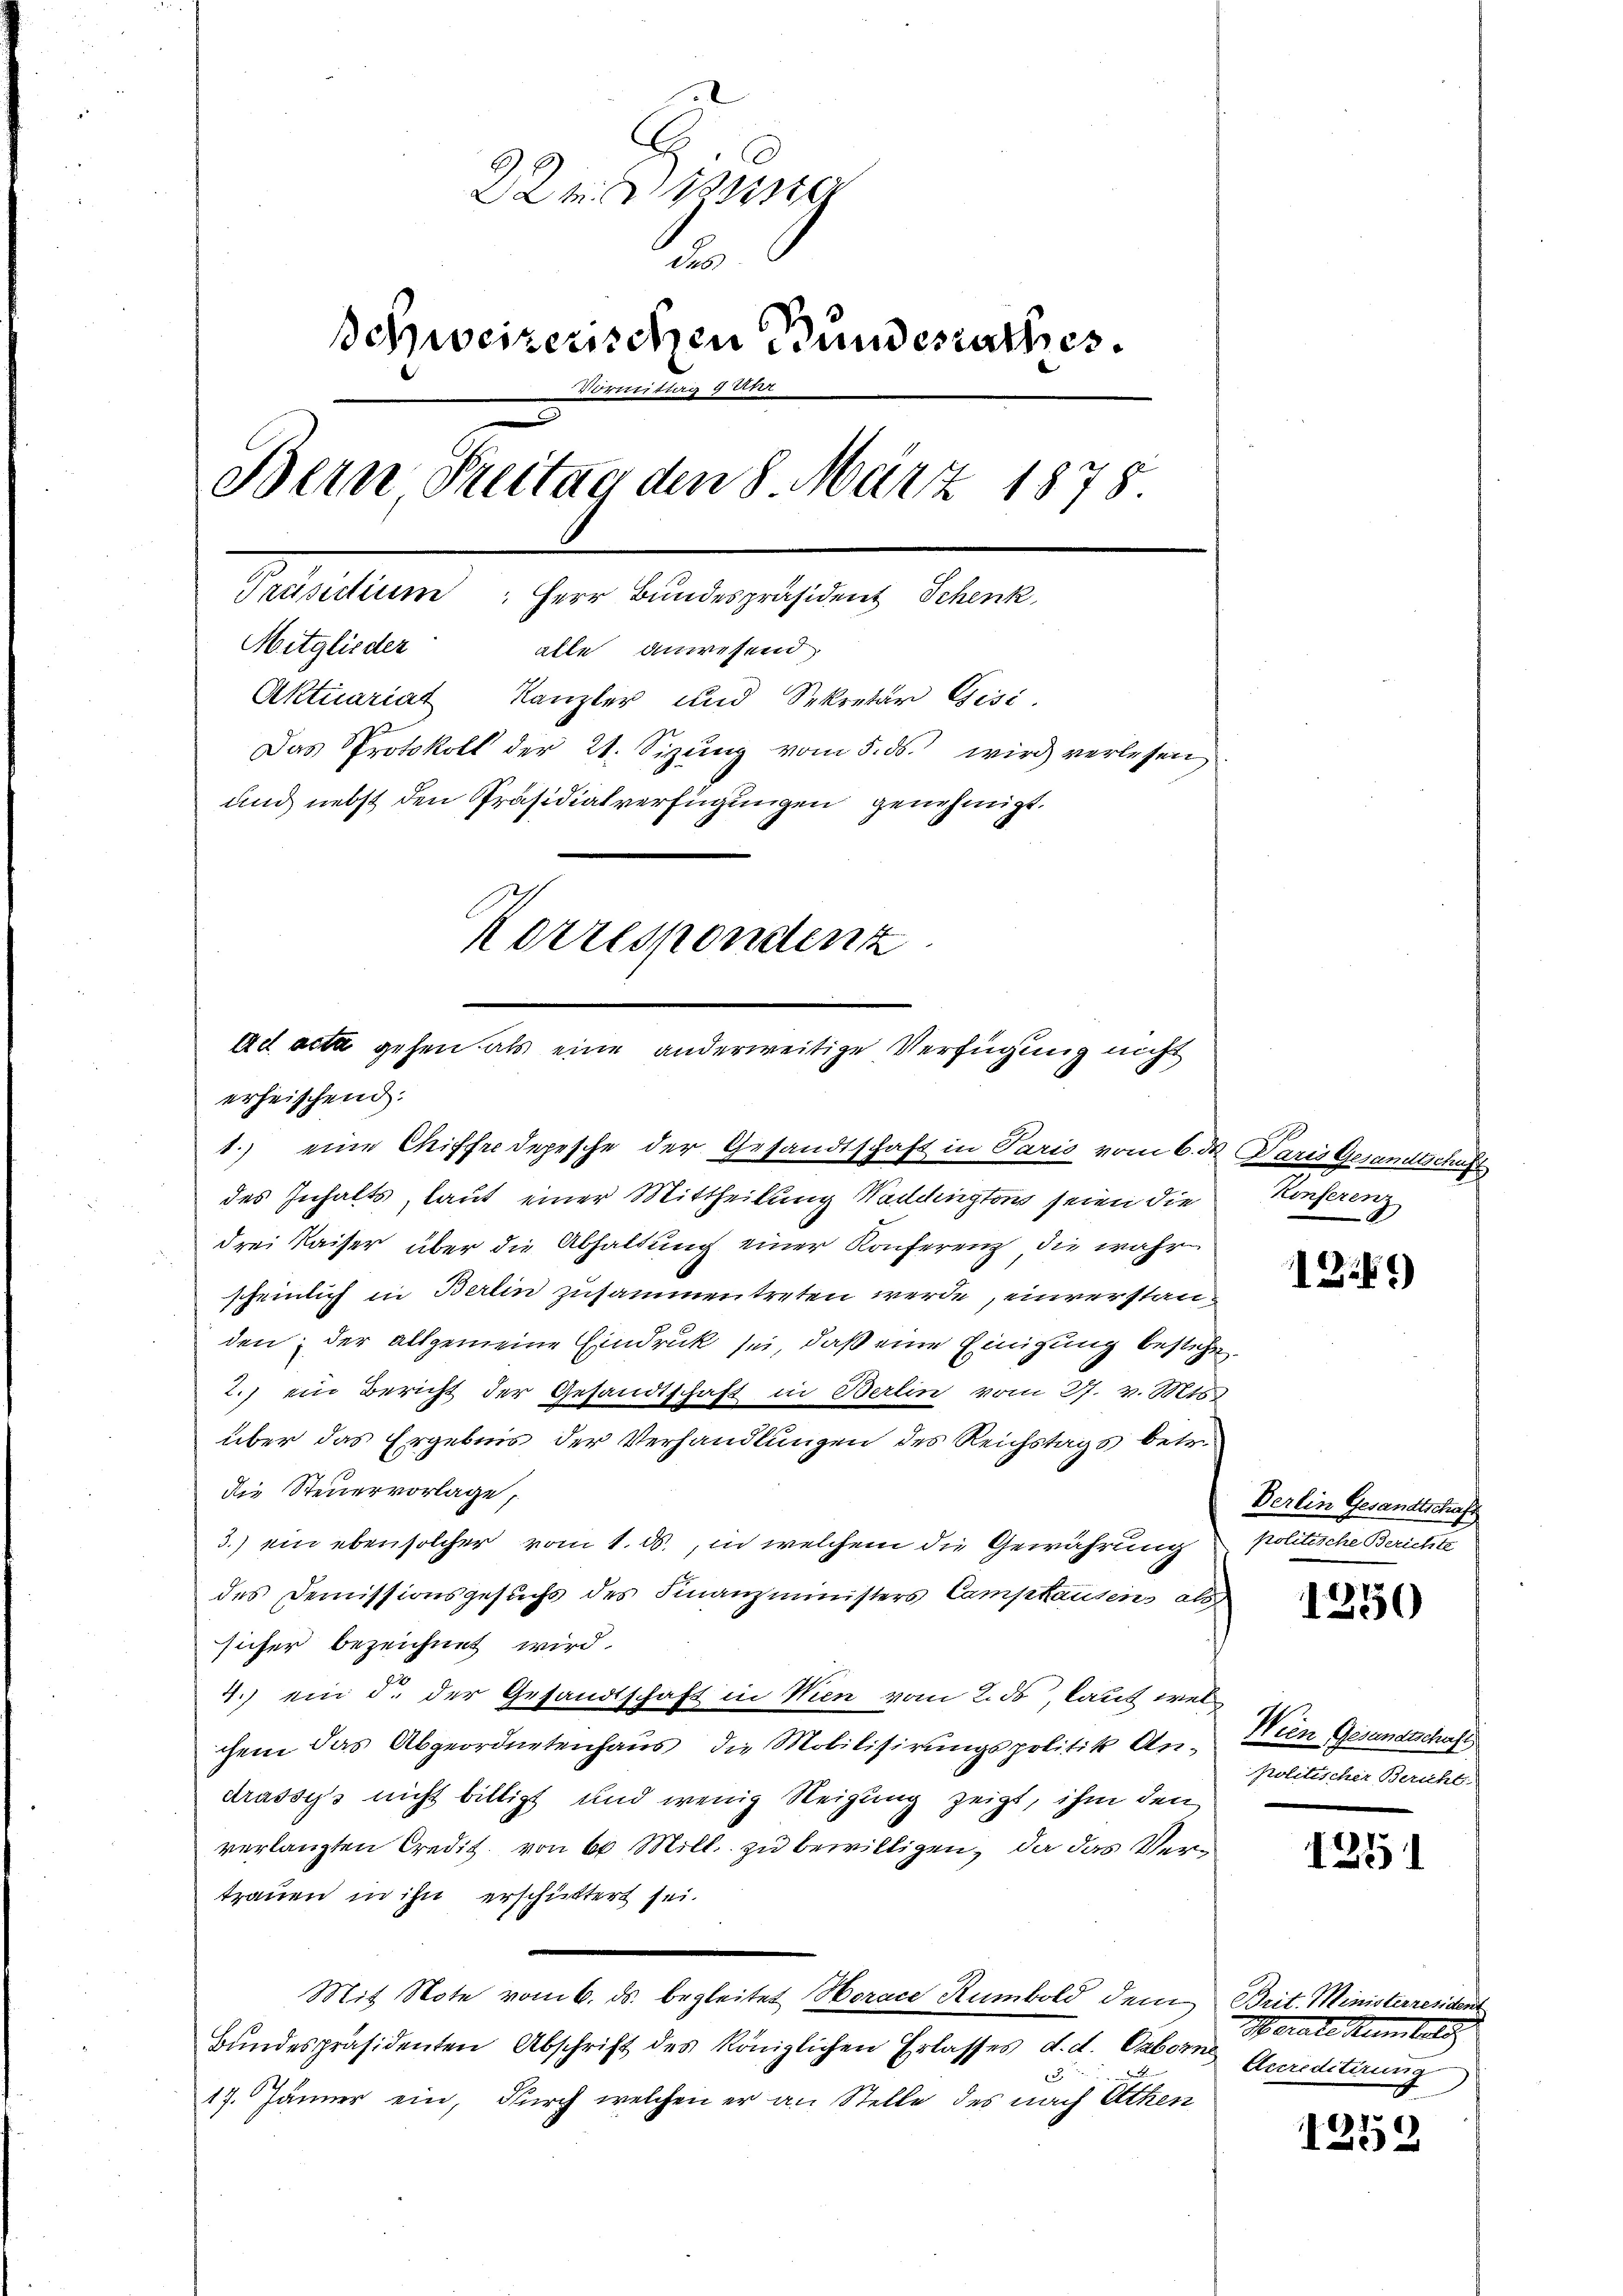
22. Mitg
e
schweizerischen Bundesrathes.
mittag 4 Uhr
Bern Preitag den 8. März 1878
Präsidium Herr Bundespräsident Schenk,
Mitglieder alle anwesend
Aktuariat Kanzler und Sekretär Gisi
Das Protokoll der 21. Sizŭng vom 5. ds. wird verlesen
und nebst den Präsidialverfügungen genehmigt.
Korrespondenz

ad acta gehen als eine anderweitige Verfügung nicht
erheischend.

1.) eine Chiffre depesche der Gesandtschaft in Paris vom 6. d. Paris Gesandtschaft
des Inhalts, laut einer Mittheilung Waidington seien die
drei Kaiser über die Abhaltung einer Konferenz, die wahr
scheinlich in Berlin zusammentreten werde einverstanden; der allgemeine Eindruck sei, daß eine Einigung bestehe.
2.) ein Bericht der Gesandtschaft in Berlin vom 27. v. Mts.
über das Ergebnis der Verhandlungen des Reichstags betre
die Steuervorlage,
3.) ein ebensolcher vom 1. ds., in welchem die Gewährung
des Demissionsgesuchs des Finanzministers Camphausens als
sicher bezeichnet wird.
4.) ein d. der Gesandtschaft in Wien vom 2. ds, laut welchem das Abgeordnetenhaus die Mobilisirungspolitik An-
drassiss nicht billigt und wenig Neigung zeigt, ihm den
verlangten Credit von 60 Mill. zu bewilligen, da das Vertrauen in ihn erschüttert sei.
Mit Note vom 6. ds. begleitet Horace Rumbold dem Brit. Ministerresident
Bŭndespräsidenten Abschrift des Königlichen Erlasses d. d. Gaberne Accreditirung
17. Jänner ein, durch welchen er an Stelle des nach Athen

Konferenz

1249)

Berlin Gesandtschaft
Fratetenten Seite

1250

Wien Gesandtschafts
Politischer Bericht

1251

Werate Hamburg

1259